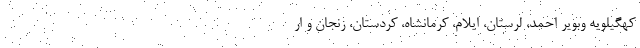
کهگیلویه وبویر احمد، لرستان، ایلام، کرمانشاه، کردستان، زنجان و ار